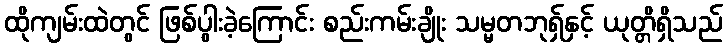
ထိုကျမ်းထဲတွင် ဖြစ်ပွါးခဲ့ကြောင်း စည်းကမ်းချိုး သမ္မတဘုရှ်နှင့် ယုတ္တိရှိသည်